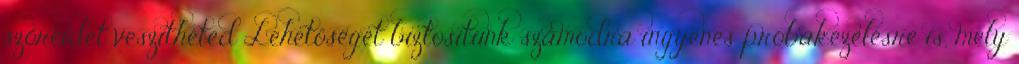
szőreidet veszítheted Lehetőséget biztosítunk számodra ingyenes próbakezelésre is, mely